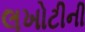
લખોટીની